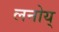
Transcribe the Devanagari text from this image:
लनोय्